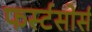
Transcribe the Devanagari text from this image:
फर्स्टसोर्स